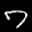
Label: 7